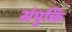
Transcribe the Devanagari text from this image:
संपृक्ति